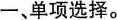
一、单项选择.